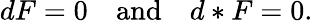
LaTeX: dF=0\quad{\mathrm{and}}\quad d*F=0.